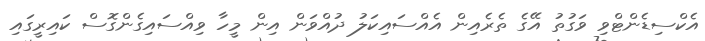
އެކްސިޑެންޓްވި ވަގުތު އޭގެ ތެރެއިން އެއްސައިކަލު ދުއްވަން އިން މީހާ ވިއްސައިގެންގޮސް ކައިރީގައި